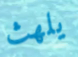
يلهث